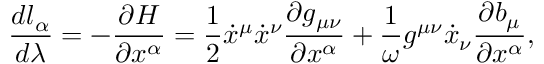
\frac { d l _ { \alpha } } { d \lambda } = - \frac { \partial H } { \partial x ^ { \alpha } } = \frac { 1 } { 2 } \dot { x } ^ { \mu } \dot { x } ^ { \nu } \frac { \partial g _ { \mu \nu } } { \partial x ^ { \alpha } } + \frac { 1 } { \omega } g ^ { \mu \nu } \dot { x } _ { \nu } \frac { \partial b _ { \mu } } { \partial x ^ { \alpha } } ,